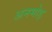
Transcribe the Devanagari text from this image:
अनमोड़